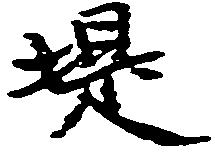
堤